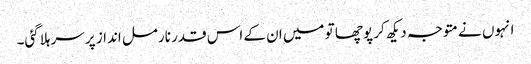
انہوں نے متوجہ دیکھ کر پوچھا تو میں ان کے اس قدر نارمل انداز پر سر ہلاگئی۔